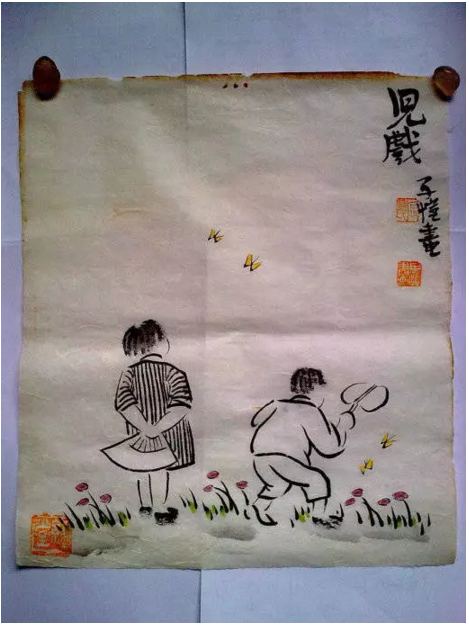
十年离乱后，长大一相逢。